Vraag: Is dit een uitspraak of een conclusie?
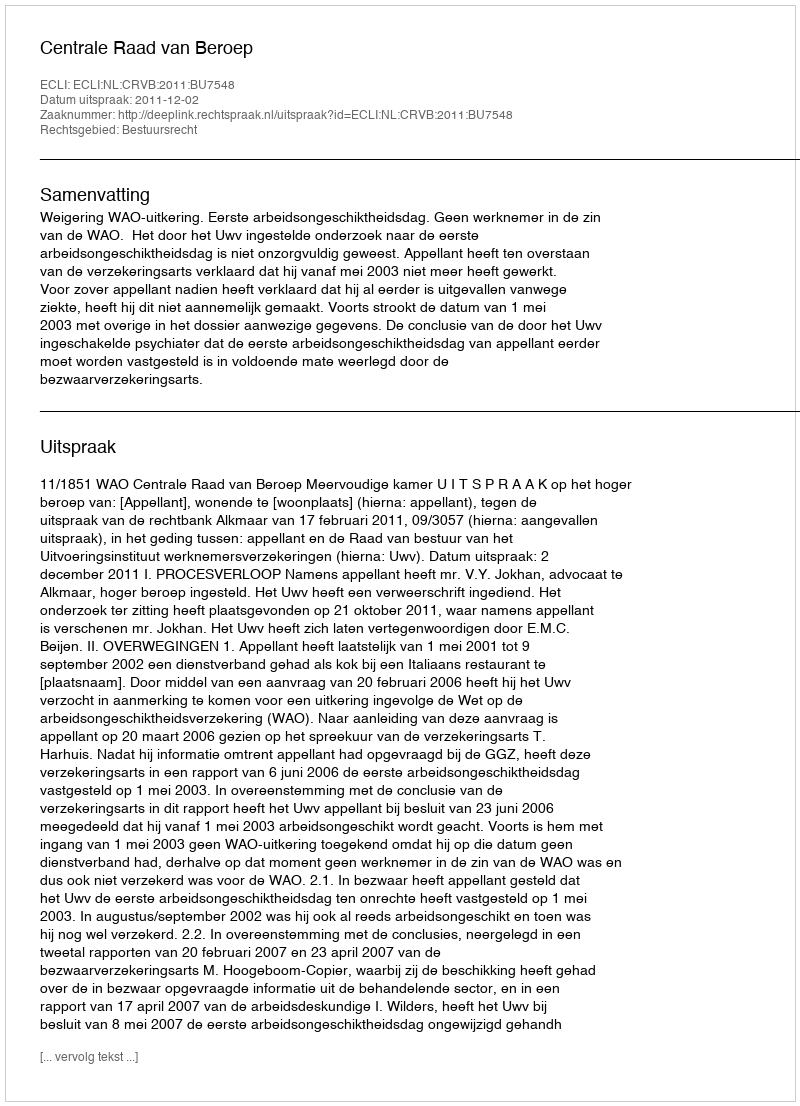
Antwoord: Uitspraak